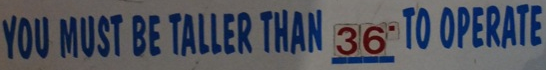
YOU MUST BE TALLER THAN 36' TO OPERATE